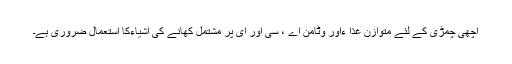
اچھی چمڑی کے لئے متوازن غذا ءاور وٹامن اے ، سی اور ای پر مشتمل کھانے کی اشیاءکا استعمال ضروری ہے۔